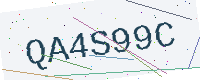
Text: QA4S99C